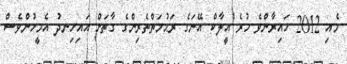
މެއި 2012 ހައިރާންވެ ހުރެ އީލާކް އޭނަގެ ރަޙުމަތްތެރިންގެ ގާތަށް އައިހިނދު އެމީހުންވެސް